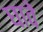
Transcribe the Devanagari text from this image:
घावे